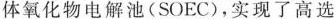
体氧化物电解池(SOEC)，实现了高选